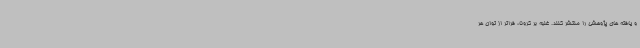
و یافته های پژوهشی را منتشر کنند. غلبه بر کرونا، فراتر از توان هر